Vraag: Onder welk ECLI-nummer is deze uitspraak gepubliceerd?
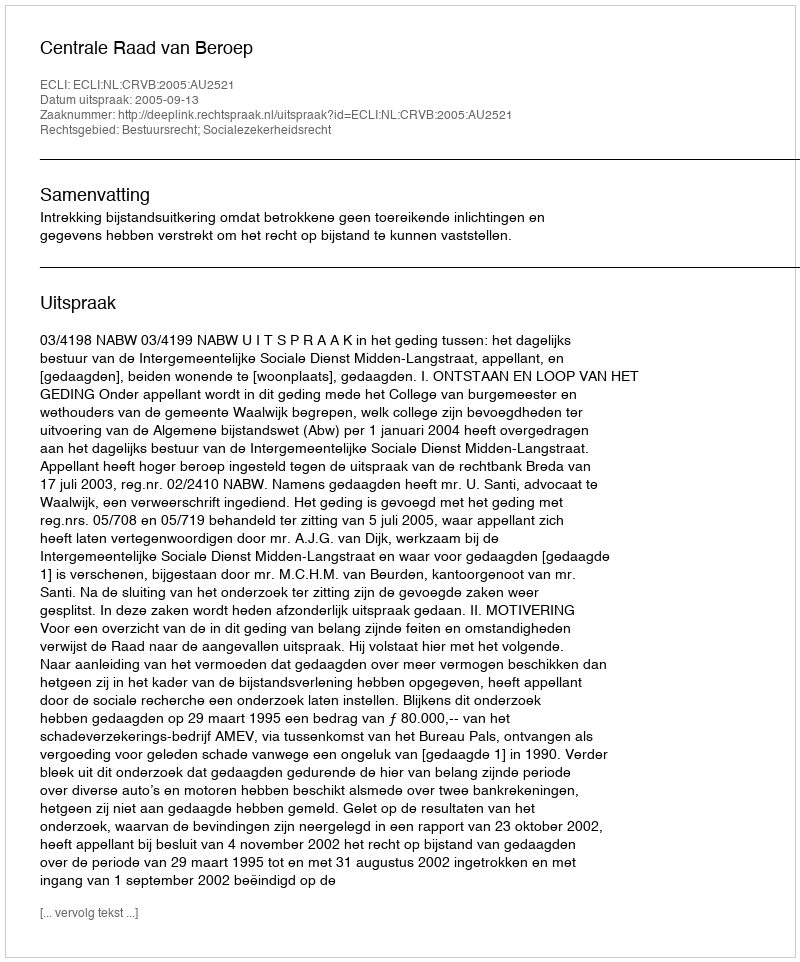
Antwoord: ECLI:NL:CRVB:2005:AU2521